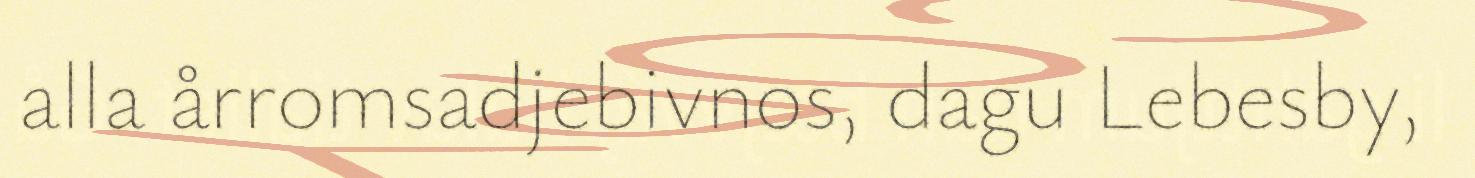
alla årromsadjebivnos, dagu Lebesby,